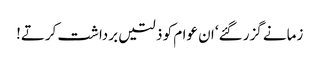
زمانے گزر گئے‘ ان عوام کو ذلتیں برداشت کرتے!